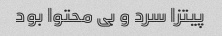
پیتزا سرد و بی محتوا بود